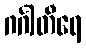
ဂင်္ဂါတီရေ